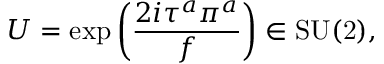
U = \exp \left( { \frac { 2 i \tau ^ { a } \pi ^ { a } } { f } } \right) \in \mathrm { S U ( 2 ) } ,